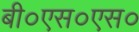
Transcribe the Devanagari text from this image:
बी०एस०एस०